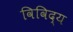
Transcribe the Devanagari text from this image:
विविद्य